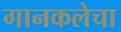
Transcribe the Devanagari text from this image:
गानकलेचा